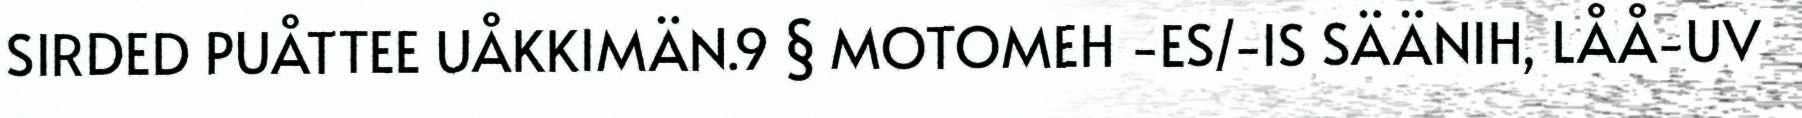
SIRDED PUÅTTEE UÅKKIMÄN.9 § MOTOMEH -ES/-IS SÄÄNIH, LÅÅ-UV